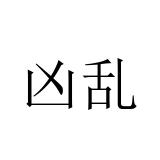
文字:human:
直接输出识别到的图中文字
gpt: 凶乱